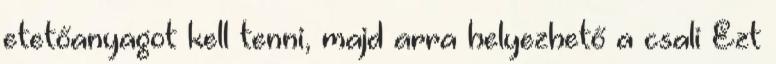
etetőanyagot kell tenni, majd arra helyezhető a csali Ezt